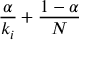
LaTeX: { \frac { \alpha } { k _ { i } } } + { \frac { 1 - \alpha } { N } }